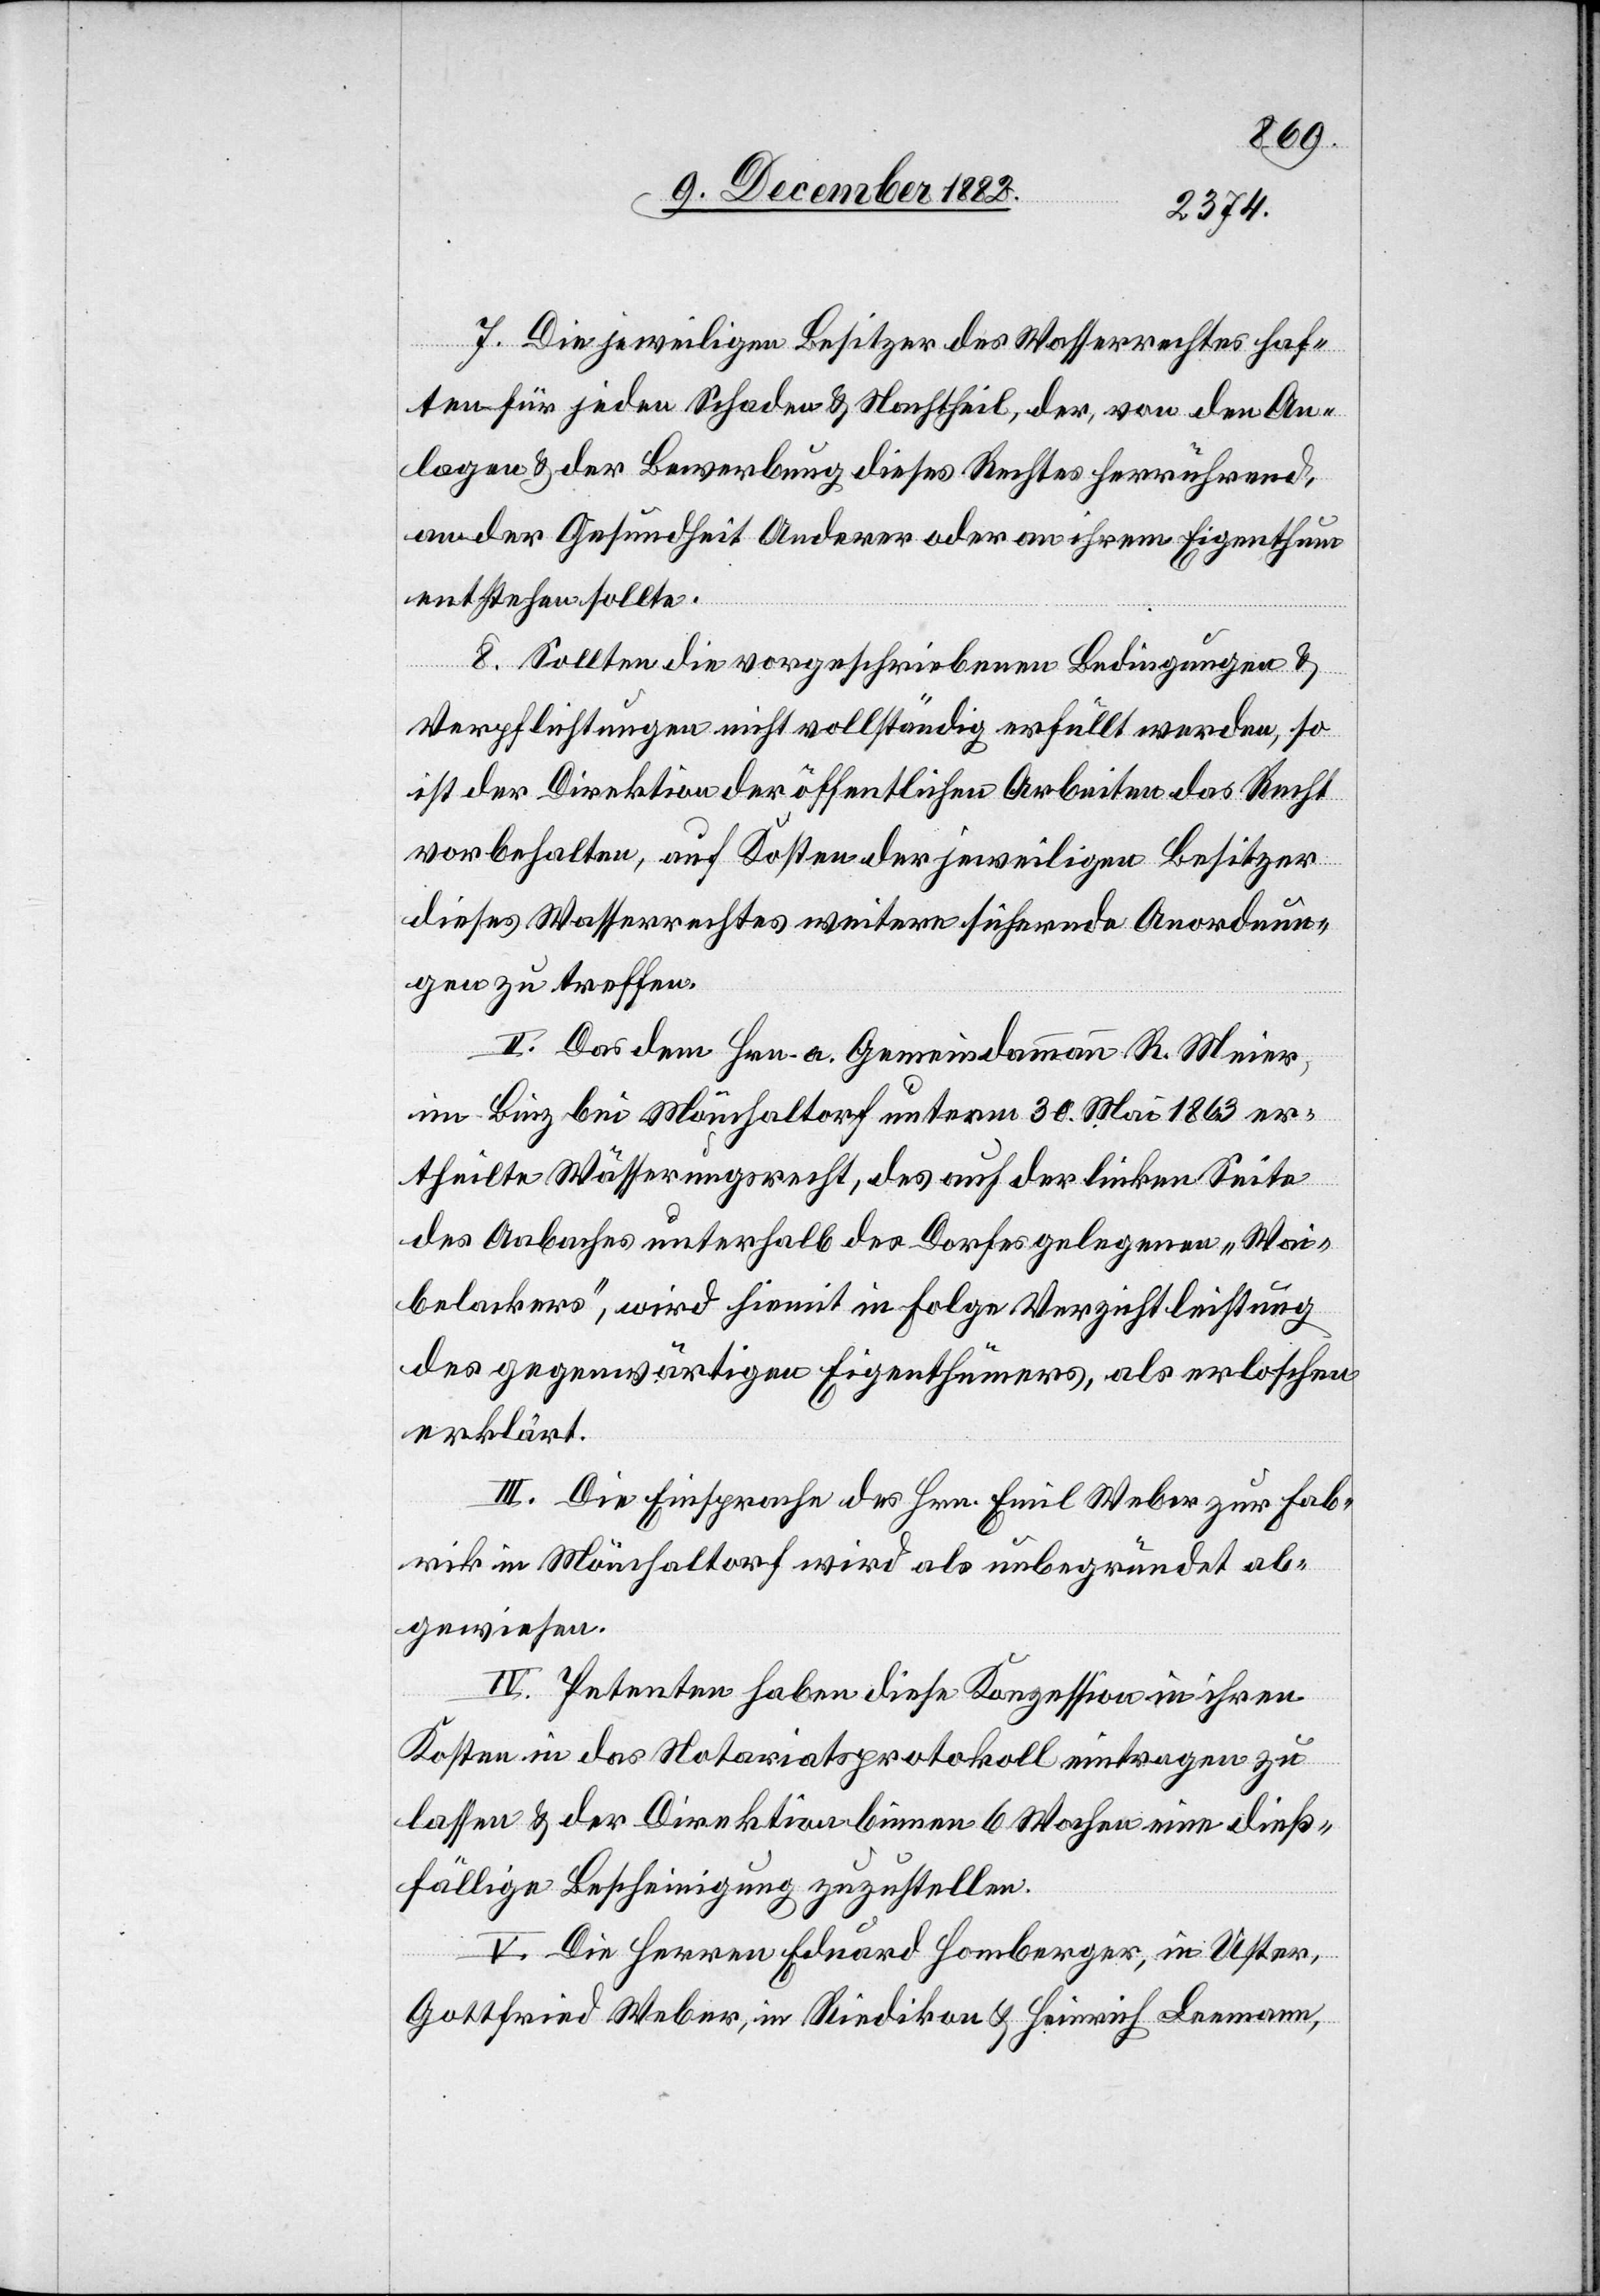
8. Sollten die vorgeschriebenen Bedingungen &
Verpflichtungen nicht vollständig erfüllt werden, si
ist der Direktion der öffentlichen Arbeiten das Recht
vorbehalten, auf Kosten der jeweiligen Besitzer
dieses Wasserrechtes weitre sichernde Anordnun¬
gen zu treffen.
II. Das dem Hrn. a. Gemeindammann R. Meier,
im Binz bei Mönchaltorf unterm 30. Mai 1863 er¬
theilte Wässerungsrecht, des auf der linken Seite
des Aabaches unterhalb des Dorfes gelegenen „Wai¬
belackers“, wird hiemit in Folge Verzichtleistung
des gegenwärtigen Eigenthümers, als erloschen
erklärt.
III. Die Einsprache des Hrn. Emil Weber zur Fab¬
rik in Mönchaltorf wird als unbegründet ab¬
gewiesen.
IV. Petenten haben diese Konzession in ihren
Kosten in das Notariatsprotokoll eintragen zu
lassen & der Direktion binnen 6 Wochen eine dieß¬
fällige Bescheinigung zuzustellen.
V. Die Herren Eduard Homberger, in Uster,
Gottfried Weber, in Riedikon & Heinrich Leemann,